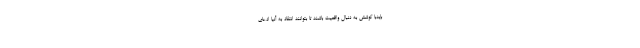
بایدبا کوشش به دنبال واقعیت باشند تا بتوانند انتقاد به آنیا ادعای